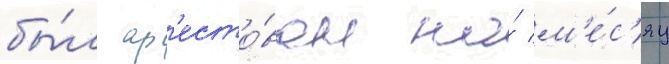
бы́л ар'есто́ван на́ м'е́с'яц